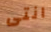
انتى